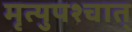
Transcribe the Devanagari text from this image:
मृत्युपश्चात्‌